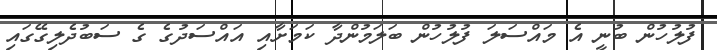
ފުލުހުން ބުނީ އެ މައްސަލަ ފުލުހުން ބަލަމުންދާ ކަމަށާއި އައްސަދުގެ ގެ ސަބުދެލިގޭގައި